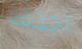
اجدها